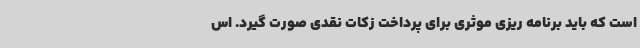
است که باید برنامه ریزی موثری برای پرداخت زکات نقدی صورت گیرد. اس